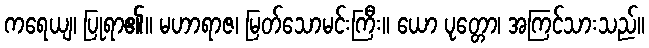
ကရေယျ၊ ပြုရာ၏။ မဟာရာဇ၊ မြတ်သောမင်းကြီး။ ယော ပုတ္တော၊ အကြင်သားသည်။